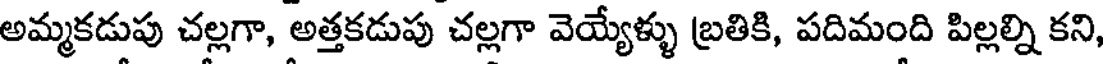
అమ్మకడుపు చల్లగా, అత్తకడుపు చల్లగా వెయ్యేళ్ళు బ్రతికి, పదిమంది పిల్లల్ని కని,